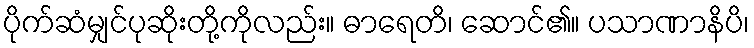
ပိုက်ဆံမျှင်ပုဆိုးတို့ကိုလည်း။ ဓာရေတိ၊ ဆောင်၏။ ပသာဏာနိပိ၊